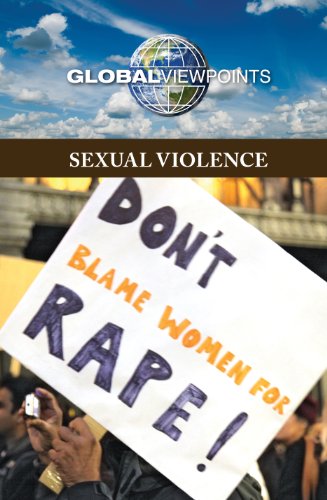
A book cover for Sexual Violence (Global Viewpoints); Noah Berlatsky; Teen & Young Adult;